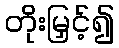
တိုးမြှင့်၍